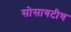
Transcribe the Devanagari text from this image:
सोसायटीच